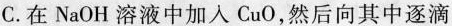
C.在NaOH溶液中加入CuO，然后向其中逐滴